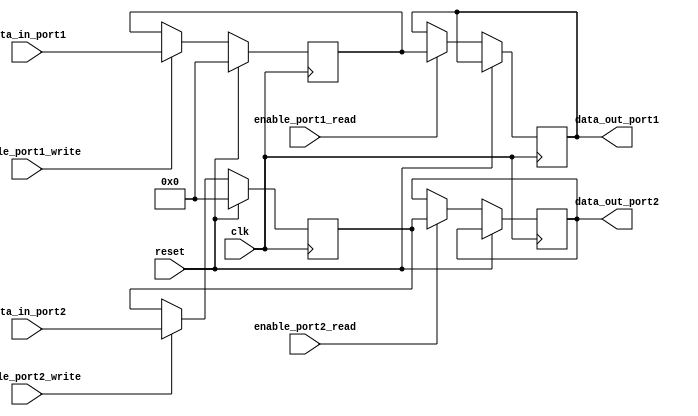
module dual_port_register(
    input  wire         clk,
    input  wire         reset,
    input  wire         enable_port1_write,
    input  wire         enable_port1_read,
    input  wire [7:0]   data_in_port1,
    output reg  [7:0]   data_out_port1,
    input  wire         enable_port2_write,
    input  wire         enable_port2_read,
    input  wire [7:0]   data_in_port2,
    output reg  [7:0]   data_out_port2
);

reg [7:0] register [1:2];

always @(posedge clk) begin
    if (reset) begin
        register[1] <= 8'h00;
        register[2] <= 8'h00;
    end else begin
        if (enable_port1_write)
            register[1] <= data_in_port1;
        if (enable_port1_read)
            data_out_port1 <= register[1];
        if (enable_port2_write)
            register[2] <= data_in_port2;
        if (enable_port2_read)
            data_out_port2 <= register[2];
    end
end

endmodule